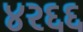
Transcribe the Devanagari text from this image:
४२६६